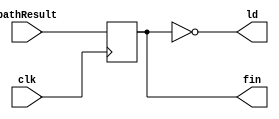
module delay_control(ld, fin, pathResult, clk);
input pathResult, clk;
output ld, fin;
reg R;


not(ld, R);

assign fin = R;


initial begin
R = 1'b0;
end


always @ (posedge clk)
begin
if(pathResult == 1 || pathResult == 0) begin
R <= pathResult;
end
end


endmodule